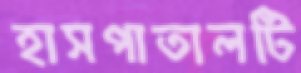
হাসপাতালটি